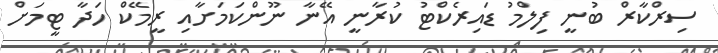
ސިރްކާރް ބުނީ ފިލްމު ޑައިރެކްޓު ކުރާނީ އޭނާ ނޫންކަމަށާއި ރީމޭކް ހަދާ ޓީމަށް